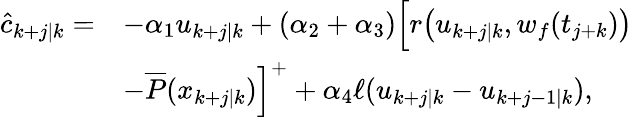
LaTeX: \begin{array}{rl}{\hat{c}_{k+j|k}=}&{-\alpha_{1}u_{k+j|k}+(\alpha_{2}+\alpha_{3})\Big[r\big(u_{k+j|k},w_{f}(t_{j+k})\big)}\\ &{-\overline{{P}}(x_{k+j|k})\Big]^{+}+\alpha_{4}\ell(u_{k+j|k}-u_{k+j-1|k}),}\end{array}